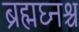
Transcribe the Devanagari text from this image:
ब्रह्मघ्नश्च